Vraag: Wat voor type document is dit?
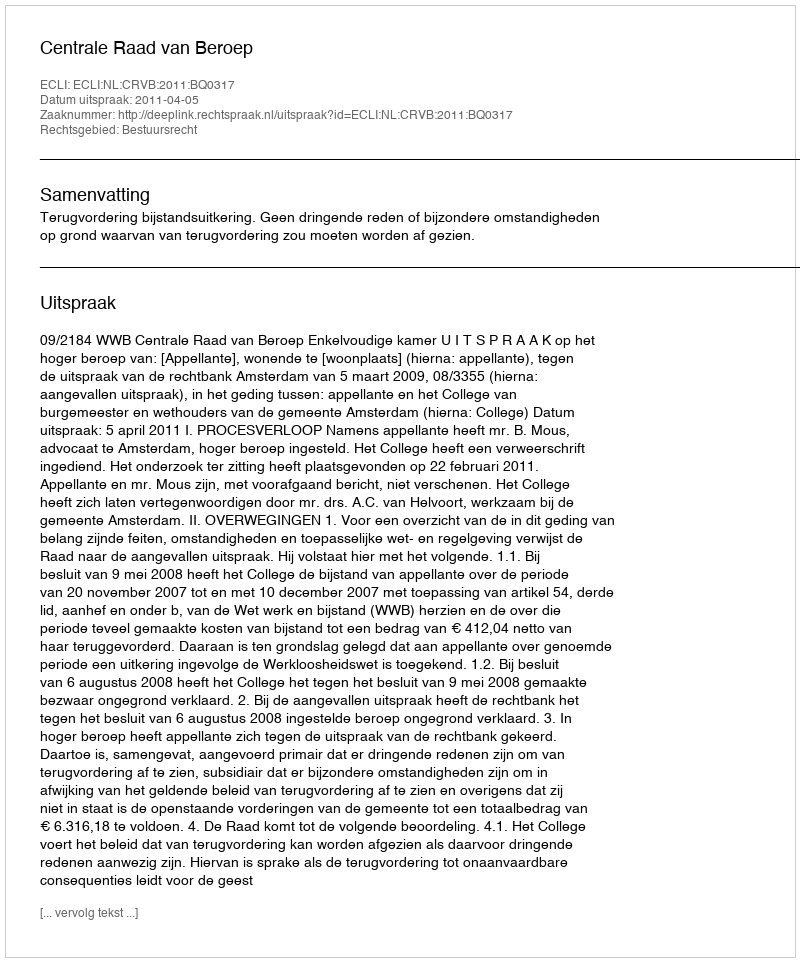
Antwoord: Uitspraak